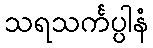
သရသင်္ကပ္ပါနံ